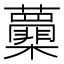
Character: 𭬽